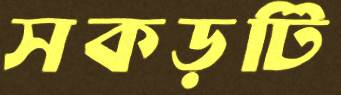
সকড়টি